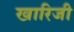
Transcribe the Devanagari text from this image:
खारिजी